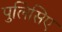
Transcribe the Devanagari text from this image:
पुलिसिए